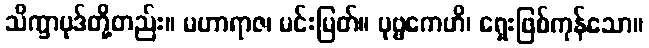
သိက္ခာပုဒ်တို့တည်း။ မဟာရာဇ၊ မင်းမြတ်။ ပုဗ္ဗကေဟိ၊ ရှေးဖြစ်ကုန်သော။